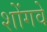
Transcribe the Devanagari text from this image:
शोंगवे